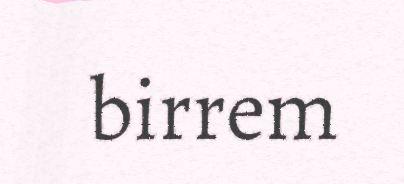
birrem